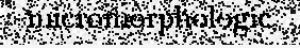
micromorphologic